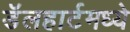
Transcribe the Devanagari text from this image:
डॅलहार्टमध्ये